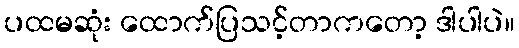
ပထမဆုံး ထောက်ပြသင့်တာကတော့ ဒါပါပဲ။